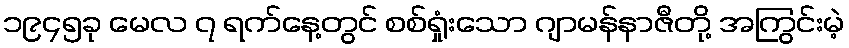
၁၉၄၅ခု မေလ ၇ ရက်နေ့တွင် စစ်ရှုံးသော ဂျာမန်နာဇီတို့ အကြွင်းမဲ့